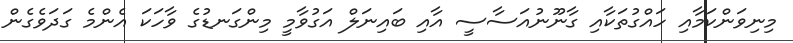
މިނިވަންކަމާއި ހައްގުތަކާއި ގާނޫނުއަސާސީ އާއި ބައިނަލް އަގުވާމީ މިންގަނޑުގެ ވާހަކަ އެންމެ ގަދަވެގެން